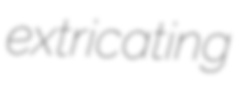
extricating